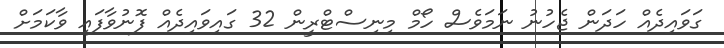
ގަވައިދެއް ހަދަން ޖެހުނު ނަމަވެސް ހޯމް މިނިސްޓްރީން 32 ގައިވައިދެއް ފޮނުވާފައި ވާކަމަށް